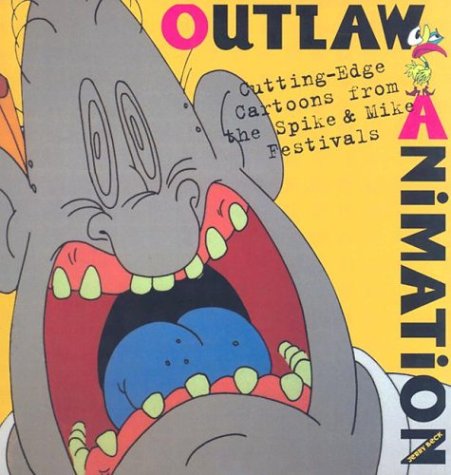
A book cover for Outlaw Animation: Cutting-Edge Cartoons from the Spike and Mike Festivals; Jerry Beck; Humor & Entertainment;